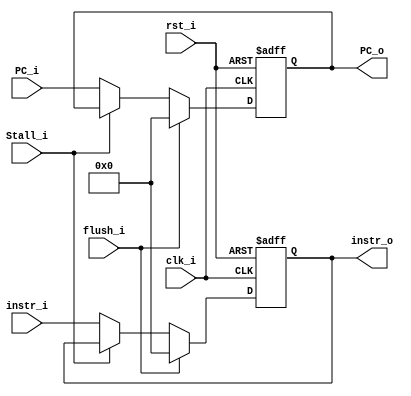
module IF_ID_Register
(
    clk_i,
    rst_i,
    flush_i,
    Stall_i,
    instr_i,
    PC_i,
    instr_o,
    PC_o
);

input clk_i;
input rst_i;
input flush_i;
input Stall_i;
input [31:0] instr_i;
input [31:0] PC_i;
output [31:0] instr_o;
output [31:0] PC_o;

reg [31:0] instr_o;
reg [31:0] PC_o;

always @(posedge clk_i or negedge rst_i) begin
    if (~rst_i) begin
        instr_o <= 0;
        PC_o <= 0;
    end
    else if (flush_i) begin
        instr_o <= 0;
        PC_o <= 0;
    end
    else if (Stall_i) begin
    end
    else begin
        instr_o <= instr_i;
        PC_o <= PC_i;
    end
end


endmodule